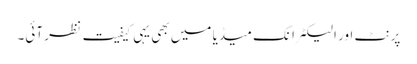
پرنٹ اور الیکٹرانک میڈیا میں بھی یہی کیفیت نظر آئی۔